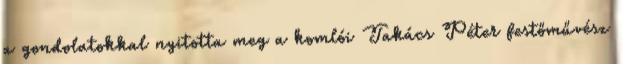
a gondolatokkal nyitotta meg a komlói Takács Péter festőművész